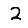
Digit: 2